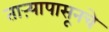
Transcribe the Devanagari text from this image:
ताऱ्यापासूनचे